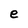
Character: e